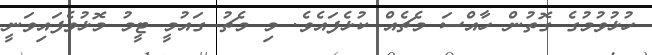
ހުޅުވުމުގެ ގޮތުން ހާއްސަ މެޗެއް ކުޅެފައެވެ. މި މެޗު ގައުމީ ޓީމު މޮޅުވެފައިވަނީ